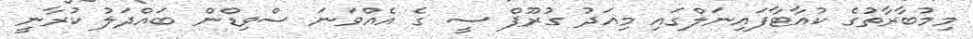
މިމުބާރާތުގެ ކުއާޓާފައިނަލްގައި މިއަދު ގުރޫޕް ސީ ގެ އެއްވަނަ ސްވިޑްން ބައްދަލު ކުރާނީ